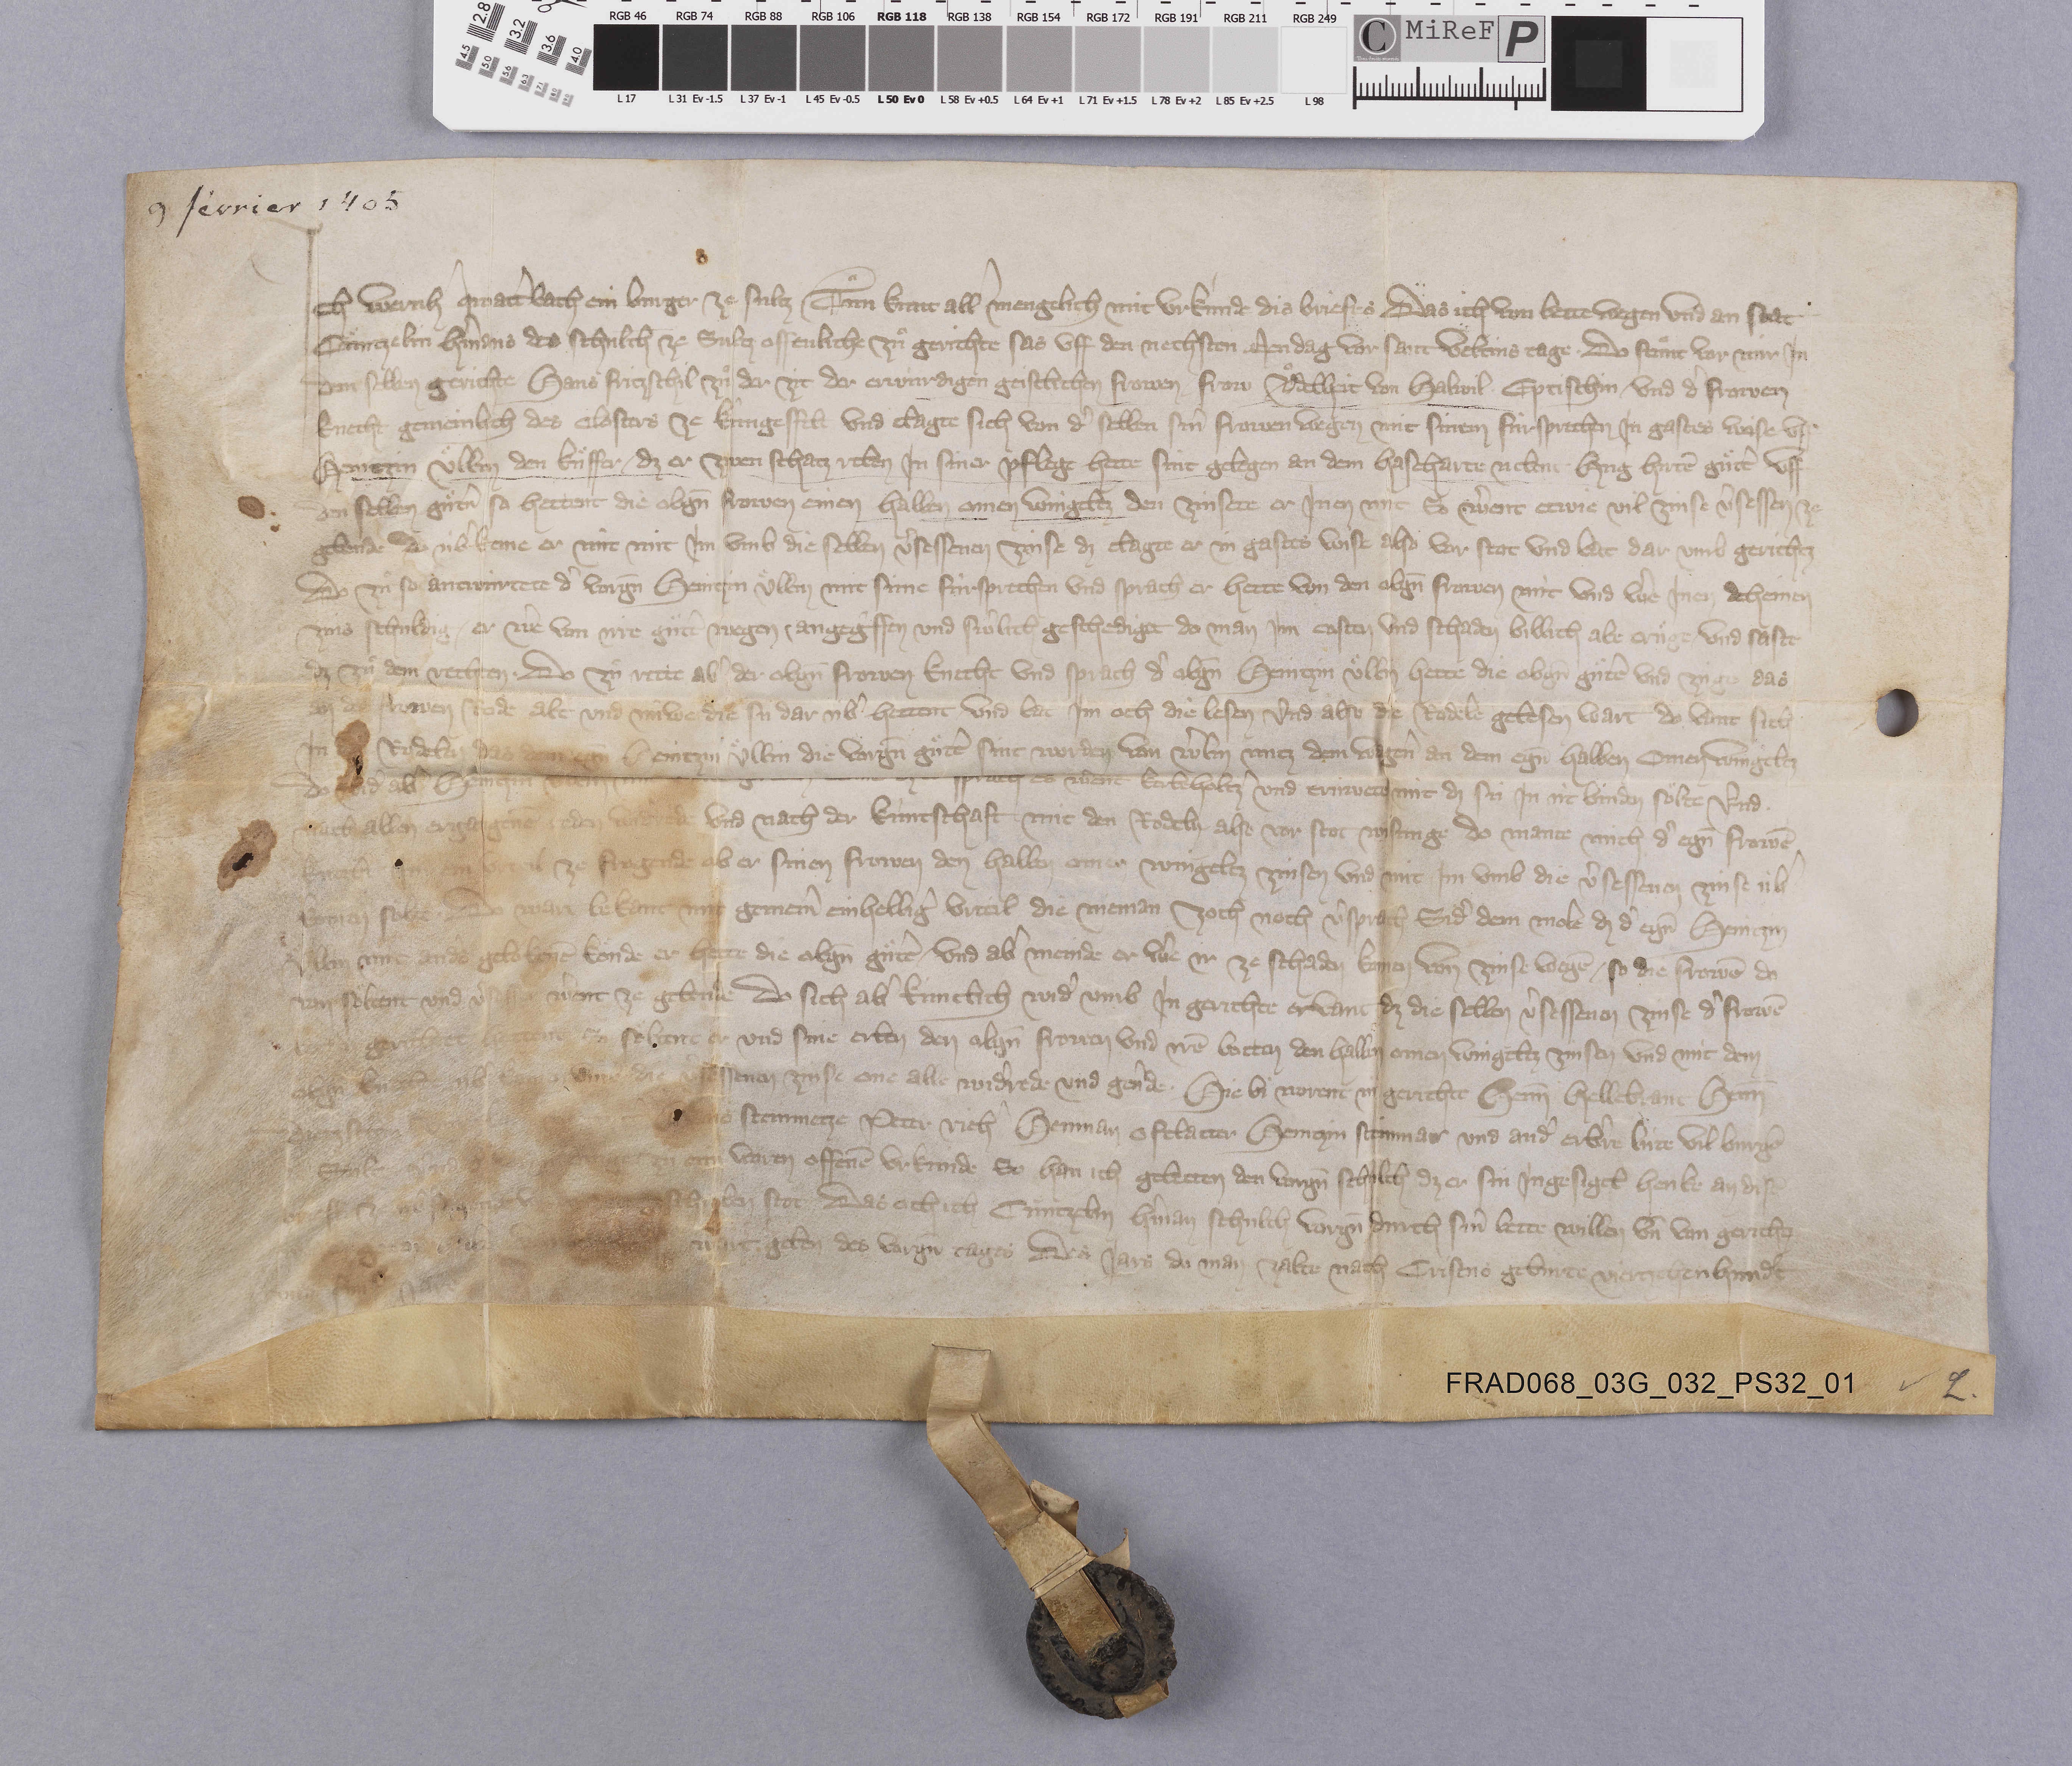
9 février 1405

Ich Wernhˀ Qwattˀbach ein burger ze Sultz tuͦn kunt allˀ mengelich mit urkùnde dis briefes das ich von bette wegen und an stat
Cuͤntzelin Hˀmans des schulth̄ ze Sultz offenliche zuͦ gerichte sas uff den nechsten mendag vor sant Vèltins tage ✳ do stuͦnt vor mir in
dem selben gerichte Hans Fritzschil zuͦ der zit der erwùrdigen geistlichen frowen frow Uͦdelheit von Halwil eptischin und dˀ frowen
knecht gemeinlich des closters ze Kûngesfelt und clagte sich von dˀ selben sinˀ frowen wegen mit sinem fùrsprechen in gastes wise uff
Heintzin Uͤllin den kuͤffer ✳ dz er zwen schatz reben in siner pflege hette sint gelegen an dem Haseharte nebent Hug Hirtē guͤttˀ uff
den selben guͤtˀn so hettent die obgn̄ frowen einen halben amen wingeltz den zinsete er inen nùt so wˀent etwie vil zinse vˀsessen ze
gebende do ùbˀkeme er nùt mit im umb die selben vˀsessenen zinse dz clate er in gastes wise also vor stat und bat dar umb gerichtz
do zuͦ so antwùrtete dˀ vorgn̄ Heintzin Uͤllin mit sine fùrsprechen und sprach er hette von den obgn̄ frowen nùt und wˀe inen deheinen
zins schuldig ✳ er wˀe von irre guͤttˀ wegen angegˀffen und sevˀlich geschediget do man im costen und schaden billich abe truͤge ✳ und saste
dz zuͦ dem rechten ✳ do zuͦ rette abˀ der obgn̄ frowen knecht und sprach dˀ obgn̄ Heintzin Uͤllin hette die obgn̄ guͤtˀe und zùge das
den der frowen rode alt und nùwe die sù dar ùbˀ hettent ✳ und lat im och die lesen und also die rodele gelesen wart do hant sich
in  rodelen das dem eḡn Heintzin Uͤllin die vorgn̄ guͤtˀe sint worden von Wˀlin untz dem Wagenˀ an dem eḡn halben amen wingeltz
do widˀ abˀ Heintzin Uͤllin
sprach es wˀent kerbeholtzˀ und trùwete nùt dz sù in nt binden soͤlte und ✳
nach allen ergangenē reden widˀrede und nach der kùntschaft mit den rodeln also vor stot wisunge do mante mich dˀ egn̄ frowē
knecht im ein urteil ze fragende ob er sinen frowen den halben amen wingeltz zinsen und mit im umb die vˀsessenen zinse ùbˀ-
komen soͤlte. ✳ do wart bekant mit gemeinˀ einhelligˀ urteil die nieman zoch noch vˀsprach sidˀ dem mole dz dˀ eḡn Heintzin
Uͤllin nùt andˀs geloben̄t koͤnde er hette die obgn̄ guͤtˀe ✳ und abˀ meinde er wˀe ir ze schaden komen von zinse wegē ✳ so die frowē do
von soͤltent und vˀsessen wˀent ze gebende ✳ do sich abˀ kùntlich widˀ umb in gerichte erkant dz die selben vˀsessenen zinse dˀ frowē
 gerichtet hattent so soͤltent er und sine erben den obgn̄ frowen und irē botten den halben amen wingeltz zinsen und mit dem
obgn̄ knecht ùbˀkomen umb die vˀsessenen zinse one alle widˀrede und gevˀde. ✳ hie bi worent in gerichte Heinī Hellebrant Heinī
Dietz  steinmetze Peter Riehˀ Henman Ofelatter Heintzin Steinmar und andˀ erbˀre lùte vil burgˀe
 zuͦ eim waren offenē urkùnde so han ich gebetten den vorgn̄ schùlth̄ dz er sin ingesigel henke an disē
brieff ze  vorgeschriben stot das och ich Cuͤntzelin Hˀman schulth̄ vorgn̄ durch sinˀ bette willen un̄ von gericht₎
wegen getan  wart geben des vorgn̄ tages des jars do man zalte nach cristus gebùrte viertzehenhundˀt
und fùnf jare.